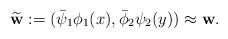
LaTeX: \begin{align*}\widetilde {\mathbf{w}}:=(\bar\psi_1\phi_1(x),\bar\phi_2\psi_2(y))\approx \mathbf{w}.\end{align*}